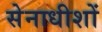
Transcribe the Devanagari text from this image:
सेनाधीशों